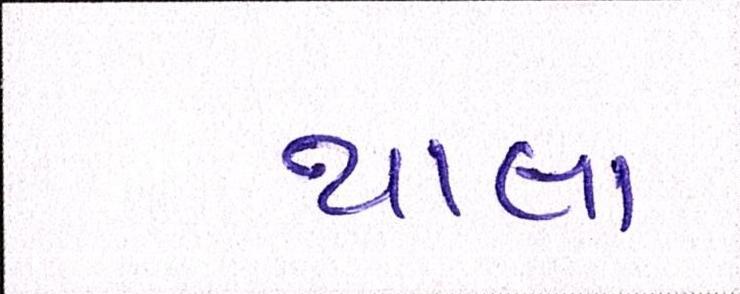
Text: થાલા